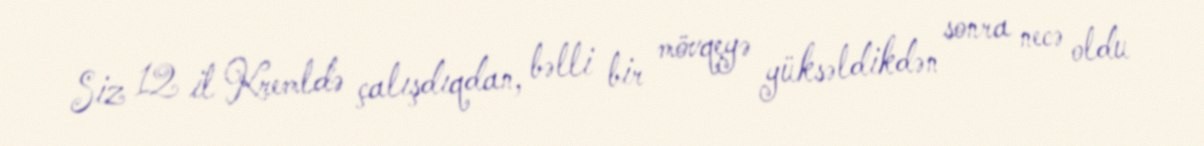
Siz 12 il Kremldə çalışdıqdan, bəlli bir mövqeyə yüksəldikdən sonra necə oldu